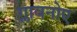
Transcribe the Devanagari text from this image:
ग्लावनोए